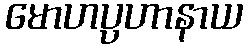
မောဟပ္ပဟာနာယ